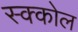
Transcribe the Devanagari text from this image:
स्क्कोल